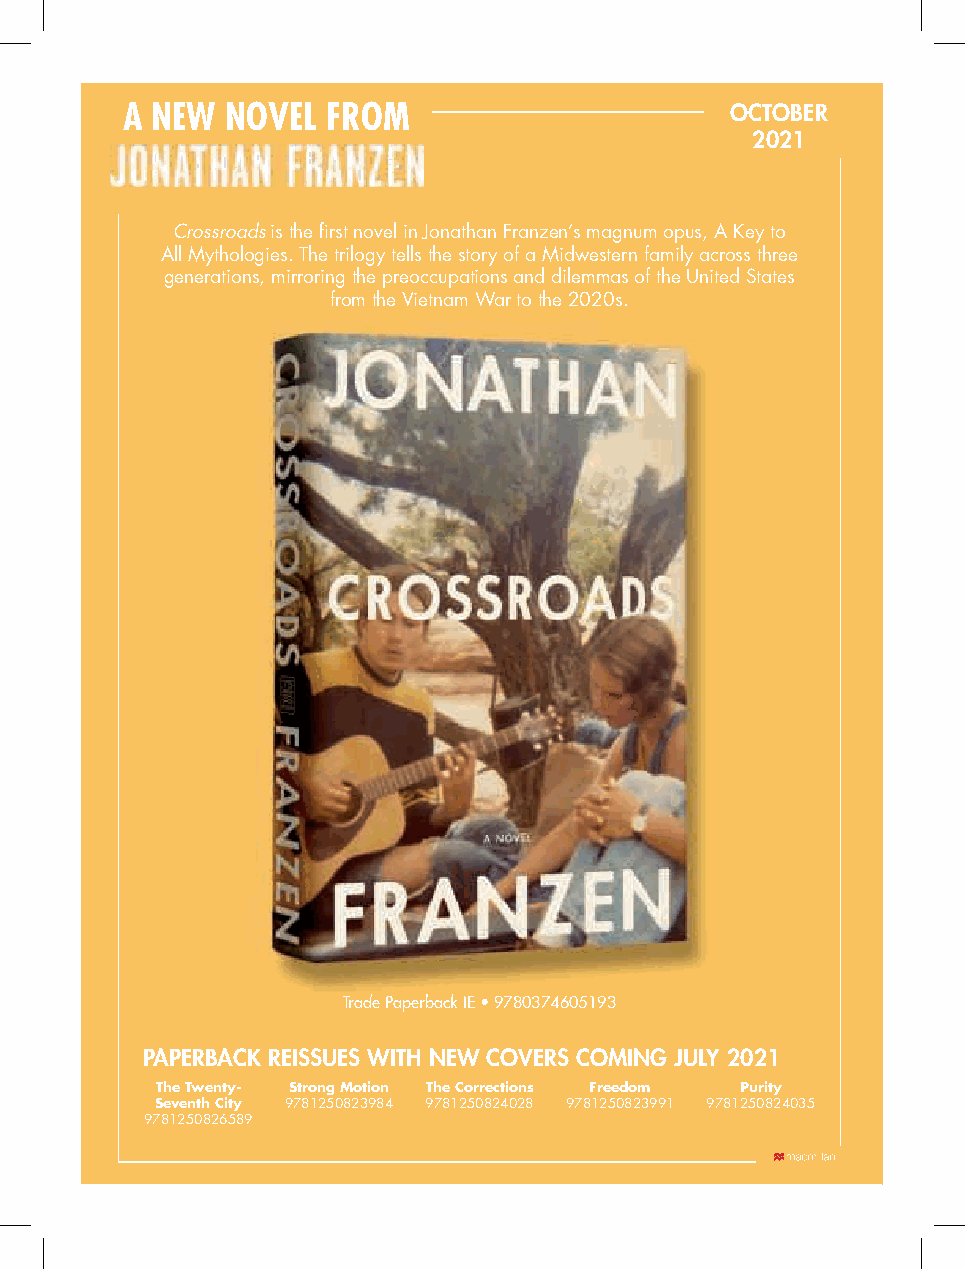
A NEW  NOVEL  FROM                      OCTOBER
 2021
 Crossroads is the first novel in Jonathan Franzen’s magnum opus, A Key to
 All Mythologies. The trilogy tells the story of a Midwestern family across three
 generations, mirroring the preoccupations and dilemmas of the United States
 from the Vietnam War to the 2020s.
 TTrraaddee PPaappeerrbbaacckk IIEE •• 99778800337744660055119933
 PAPERBACK REISSUES WITH NEW COVERS COMING JULY 2021
 The Twenty- Strong Motion The Corrections Freedom Purity
 Seventh City 9781250823984 9781250824028 9781250823991 9781250824035
 9781250826589